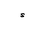
Letter: _hamza